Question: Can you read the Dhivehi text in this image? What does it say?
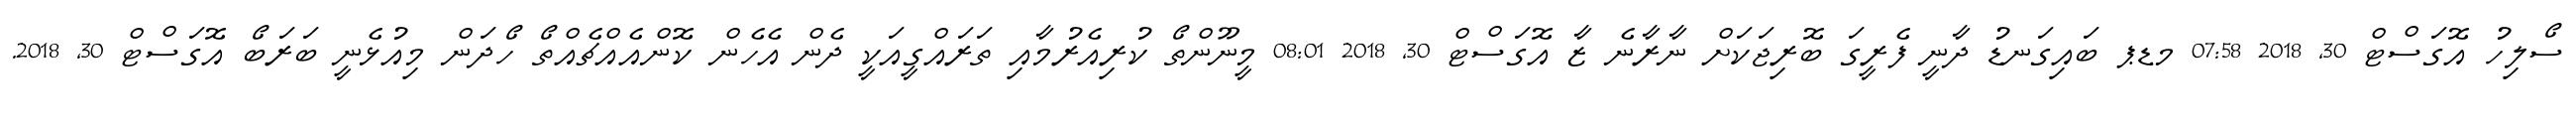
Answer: ސޯލިހު އޮގަސްޓް 30, 2018 07:58 މޑޕ ބައިގަނޑު ދާނީ ފެރީގަ ބޮރިޖަކަށް ނާރާނެ ޒާ އޮގަސްޓް 30, 2018 08:01 މީނޫންތޯ ކުރިއެރުމާއި ތަރައްގީއަކީ ދެން އެހެން ކޮންއެއްޗެއްތޯ ހޯދަން މިއުޅެނީ ބަރަބޯ އޮގަސްޓް 30, 2018.